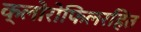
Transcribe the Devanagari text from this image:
क्लोरोफिलरहित